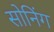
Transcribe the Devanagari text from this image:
सोनिंग